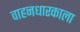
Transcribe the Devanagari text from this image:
वाहनधारकाला